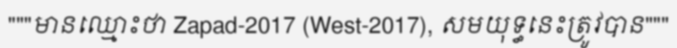
"""មានឈ្មោះថា Zapad-2017 (West-2017), សមយុទ្ធនេះត្រូវបាន"""